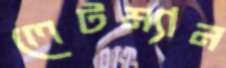
লেটম্যান